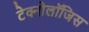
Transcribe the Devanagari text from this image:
टेक्नोलॉजिस